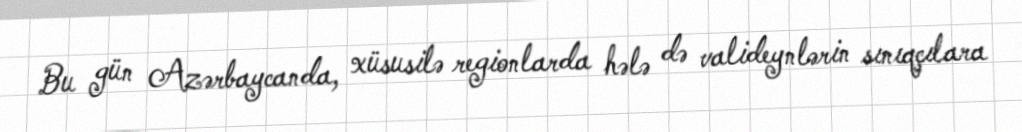
Bu gün Azərbaycanda, xüsusilə regionlarda hələ də valideynlərin sınıqçılara